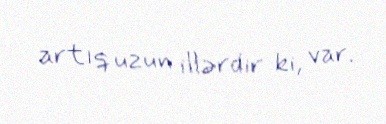
artıq uzun illərdir ki, var.